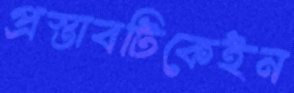
প্রস্তাবটিকেইন